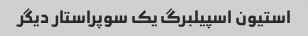
استیون اسپیلبرگ یک سوپراستار دیگر